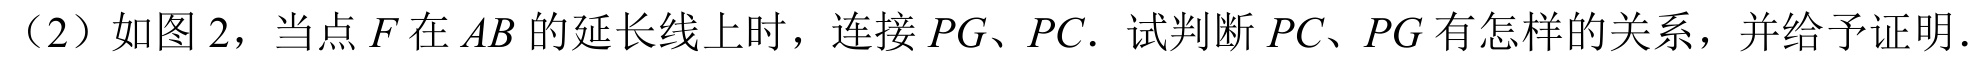
（2）如图 2，当点\(F\)在\(AB\)的延长线上时，连接\(PG\)、\(PC\)．试判断\(PC\)、\(PG\)有怎样的关系，并给予证明．